system: You are a helpful assistant.
user:
Analyze the provided spectrum to determine if it is a **M-type Giant (gM)**.

A M-type Giant spectrum is defined by its **strong molecular absorption** features, particularly from **Titanium Oxide (TiO)**. You must check for one of the following mutually exclusive signatures:

- **Key Visual Indicators (Absorption-Dominated Spectrum):**

    - **(Primary):** The spectrum is dominated by strong molecular absorption from **Titanium Oxide (TiO)**. This is the **defining feature** of its M-type temperature class.
        - **(Key Bandheads):** Look for sharp, "saw-tooth" absorption valleys. The strongest are located near **~7050 Å**, **~6160 Å**, and **~5170 Å**.
        - **(Line Profile):** The "saw-tooth" morphology is critical: a **sharp, steep drop on the BLUE (short-wavelength) side** of the bandhead, followed by a gradual recovery (rising flux) towards the RED (long-wavelength) side.

    - **(Key Confirmation - Giant vs. Dwarf):** **ABSENCE** of strong **Calcium Hydride (CaH)** molecular bands. This is the primary diagnostic for *excluding* M-dwarfs.
        - **(Key Region):** The spectrum should lack the strong, broad absorption band seen in dwarfs between **~6800 Å and ~7000 Å**.

    - **(Secondary Confirmation - Giant):** A very strong and broad **Neutral Calcium (Ca I)** atomic absorption line.
        - **(Key Line):** Located at **~4226 Å**. In a giant (gM), this line is significantly deeper and broader than the same line in an M-dwarf (dM) due to low surface gravity.

    - **(Overall Spectrum):**
        - The continuum is **extremely red-sloping** (i.e., flux is very low in the blue and rises dramatically towards the red).
        - The entire spectrum appears "chopped up" by the deep TiO bands.

Think first, call **spectral_visualization_tool** if needed to examine features in detail, then provide your final answer. Your response must adhere to the following strict rules:
1.  **Overall Structure:** Your response must follow the format `<think>...</think> <tool_call>...</tool_call> (if a tool is used) <answer>...</answer>`.
2.  **Tool Usage Constraint:** You may only make **one** tool call per turn.
3.  **Final Answer Format:** In the `<answer>` tag, your conclusion must be inside a `\boxed{}` command (e.g., `\boxed{YES}` or `\boxed{NO}`), followed by your justification.

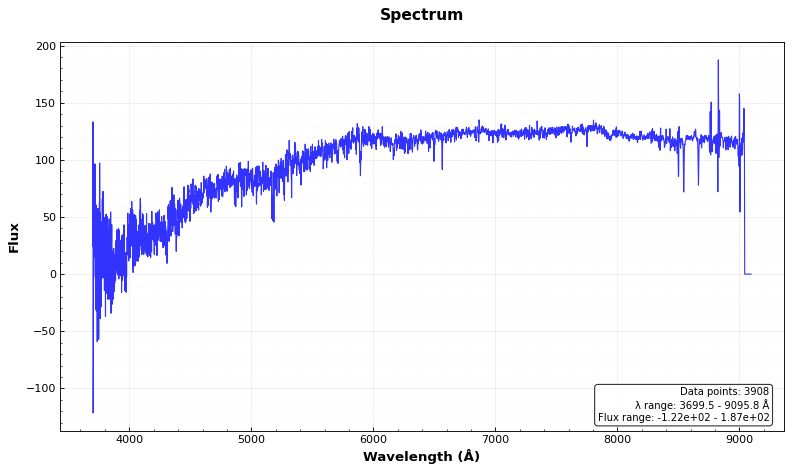
Answer: NO